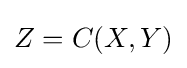
Z=C(X,Y)